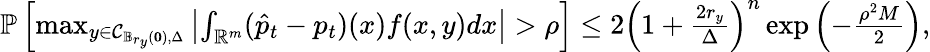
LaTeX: \begin{array}{r}{\mathbb{P}\left[\operatorname*{max}_{y\in\mathcal{C}_{\mathbb{B}_{r_{y}}(\mathbf{0}),\Delta}}\left|\int_{\mathbb{R}^{m}}(\hat{p}_{t}-p_{t})(x)f(x,y)dx\right|>\rho\right]\leq 2\left(1+\frac{2r_{y}}{\Delta}\right)^{n}\exp{\left(-\frac{\rho^{2}M}{2}\right)},}\end{array}